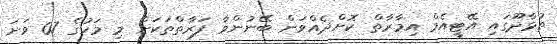
ތުޅާދޫގައި އޭޓީއެމް އިމާރާތް ކޮށްދެއްވަން ބޭނުންވާ ފަރާތްތަކަށް މި މަހުގެ 07 ވަނަ